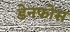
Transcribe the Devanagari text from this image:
डेनफोस